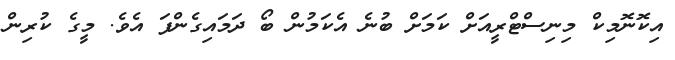
އިކޮނޮމިކް މިނިސްޓްރީއަށް ކަމަށް ބުނެ އެކަމުން ބޯ ދަމައިގެންފަ އެވެ. މީގެ ކުރިން